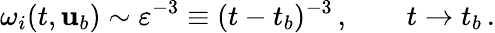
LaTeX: \omega_{i}(t,{\mathbf{u}}_{b})\sim\varepsilon^{-3}\equiv(t-t_{b})^{-3}\, ,\qquad t\to t_{b}\, .